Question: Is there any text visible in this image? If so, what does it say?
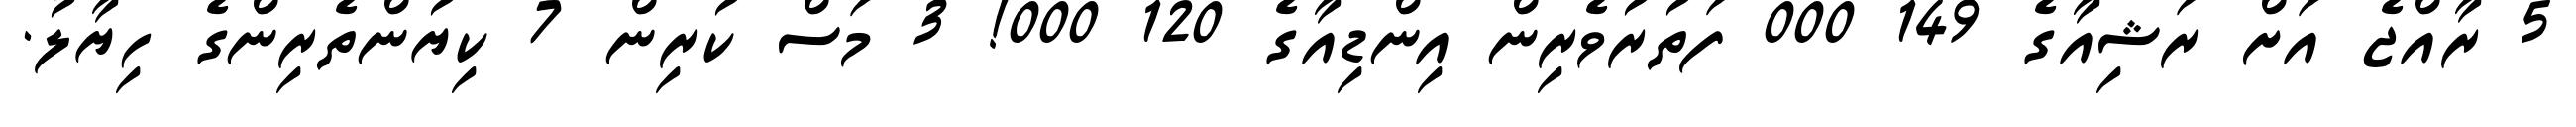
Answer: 5 ރާއްޖެ އަށް ރަޝިއާގެ 149 000 ފަތުރުވެރިން އިންޑިއާގެ 120 000! 3 މަސް ކުރިން 7 ކިޔުންތެރިންގެ ހިޔާލު.